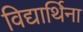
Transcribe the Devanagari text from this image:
विद्यार्थिना